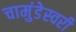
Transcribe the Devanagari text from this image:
चामुंडेस्वरी